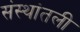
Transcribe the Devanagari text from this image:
संस्थांतली